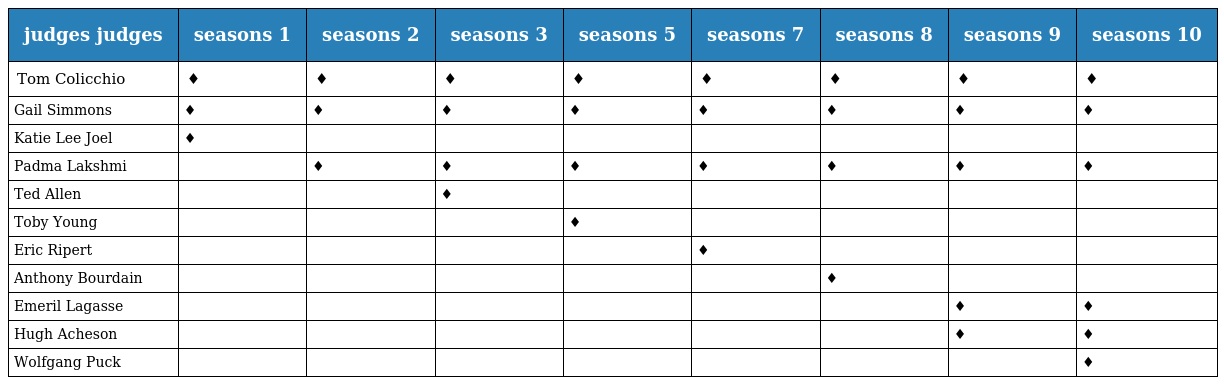
| judges judges | seasons 1 | seasons 2 | seasons 3 | seasons 5 | seasons 7 | seasons 8 | seasons 9 | seasons 10 |
 | --- | --- | --- | --- | --- | --- | --- | --- | --- |
 | Tom Colicchio | ♦ | ♦ | ♦ | ♦ | ♦ | ♦ | ♦ | ♦ |
 | Gail Simmons | ♦ | ♦ | ♦ | ♦ | ♦ | ♦ | ♦ | ♦ |
 | Katie Lee Joel | ♦ |  |  |  |  |  |  |  |
 | Padma Lakshmi |  | ♦ | ♦ | ♦ | ♦ | ♦ | ♦ | ♦ |
 | Ted Allen |  |  | ♦ |  |  |  |  |  |
 | Toby Young |  |  |  | ♦ |  |  |  |  |
 | Eric Ripert |  |  |  |  | ♦ |  |  |  |
 | Anthony Bourdain |  |  |  |  |  | ♦ |  |  |
 | Emeril Lagasse |  |  |  |  |  |  | ♦ | ♦ |
 | Hugh Acheson |  |  |  |  |  |  | ♦ | ♦ |
 | Wolfgang Puck |  |  |  |  |  |  |  | ♦ |